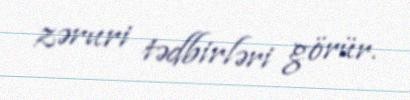
zəruri tədbirləri görür.